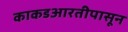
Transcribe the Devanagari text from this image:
काकडआरतीपासून